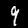
Digit: 9